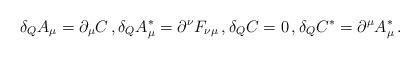
LaTeX: \begin{align*}\delta_Q A_\mu =\partial_\mu C\,,\delta_Q A^\ast_\mu =\partial^\nu F_{\nu\mu}\,,\delta_Q C=0\,, \delta_Q C^\ast=\partial^\mu A^\ast_\mu\,.\end{align*}